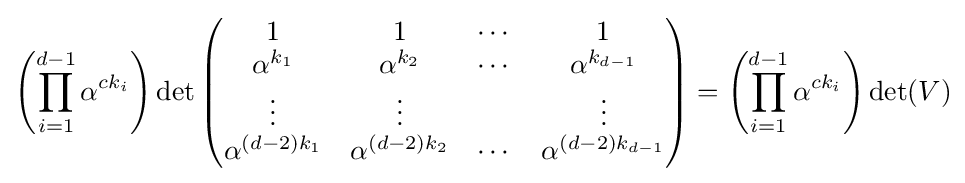
\left(\prod _{i=1}^{d-1}\alpha ^{ck_{i}}\right)\det {\begin{pmatrix}1&1&\cdots &1\\\alpha ^{k_{1}}&\alpha ^{k_{2}}&\cdots &\alpha ^{k_{d-1}}\\\vdots &\vdots &&\vdots \\\alpha ^{(d-2)k_{1}}&\alpha ^{(d-2)k_{2}}&\cdots &\alpha ^{(d-2)k_{d-1}}\\\end{pmatrix}}=\left(\prod _{i=1}^{d-1}\alpha ^{ck_{i}}\right)\det(V)